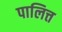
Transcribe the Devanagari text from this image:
पालित्त